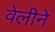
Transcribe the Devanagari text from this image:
वेलीने